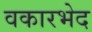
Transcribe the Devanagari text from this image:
वकारभेद